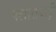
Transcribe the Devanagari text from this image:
पलासबाड़ी